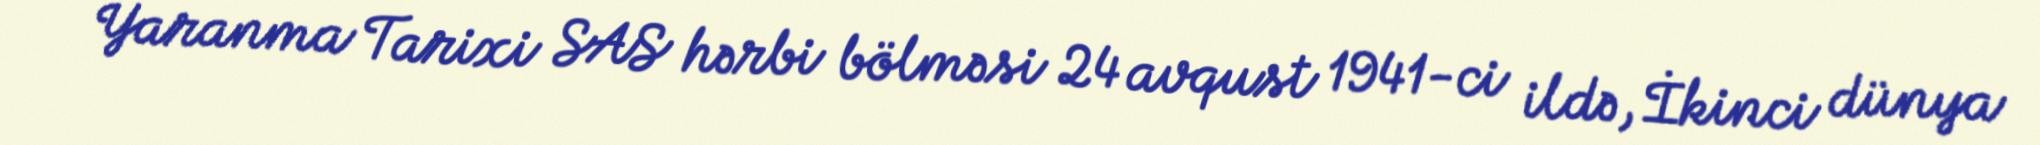
Yaranma Tarixi SAS hərbi bölməsi 24 avqust 1941-ci ildə, İkinci dünya